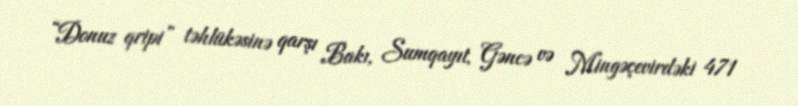
“Donuz qripi” təhlükəsinə qarşı Bakı, Sumqayıt, Gəncə və Mingəçevirdəki 471